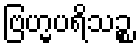
ဗြဟ္မပရိသဉ္စ